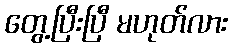
တွေ့ပြီးပြီ မဟုတ်လား